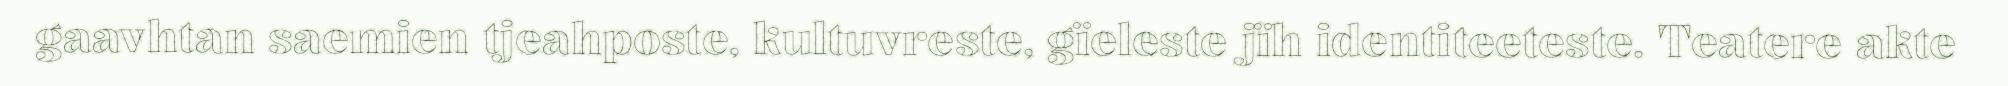
gaavhtan saemien tjeahposte, kultuvreste, gïeleste jïh identiteeteste. Teatere akte